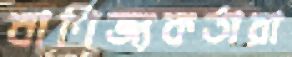
বাণিজ্যকর্তারা